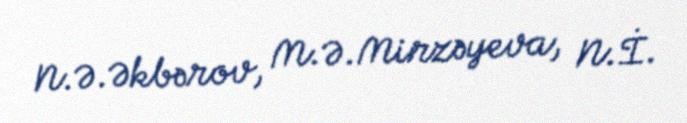
N.Ə.Əkbərov, M.Ə.Mirzəyeva, N.İ.